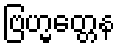
ဗြဟ္မတ္တေန